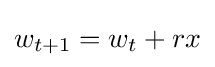
{\textstyle w_{t+1}=w_{t}+rx}